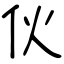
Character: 伙